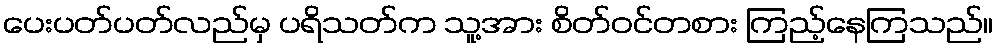
ပေးပတ်ပတ်လည်မှ ပရိသတ်က သူ့အား စိတ်ဝင်တစား ကြည့်နေကြသည်။